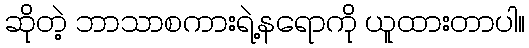
ဆိုတဲ့ ဘာသာစကားရဲ့နရောကို ယူထားတာပါ။